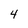
Character: 4